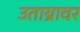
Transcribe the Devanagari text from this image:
उताय्रावर